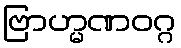
ဗြာဟ္မဏဝဂ္ဂ